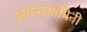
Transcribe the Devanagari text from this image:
अगस्त्यायिनी